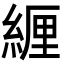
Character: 緾